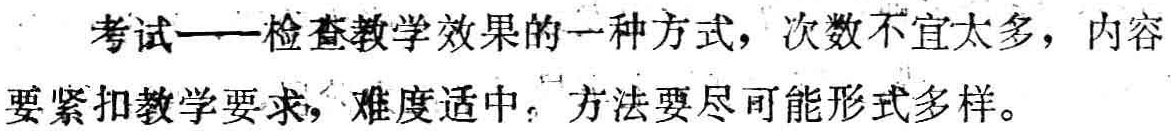
考试——检查教学效果的一种方式，次数不宜太多，内容要紧扣教学要求，难度适中，方法要尽可能形式多样。